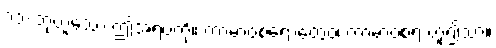
၁၁-ဘုံဟူသော ဤအရပ်ကို။ ကာမာဝစရောတွေဝ၊ ကာမာဝစရ ဟူ၍သာ။